Civil Veterinary Dept. Bombay admin report 1900-1906 - 1900-1906
Year: 1900
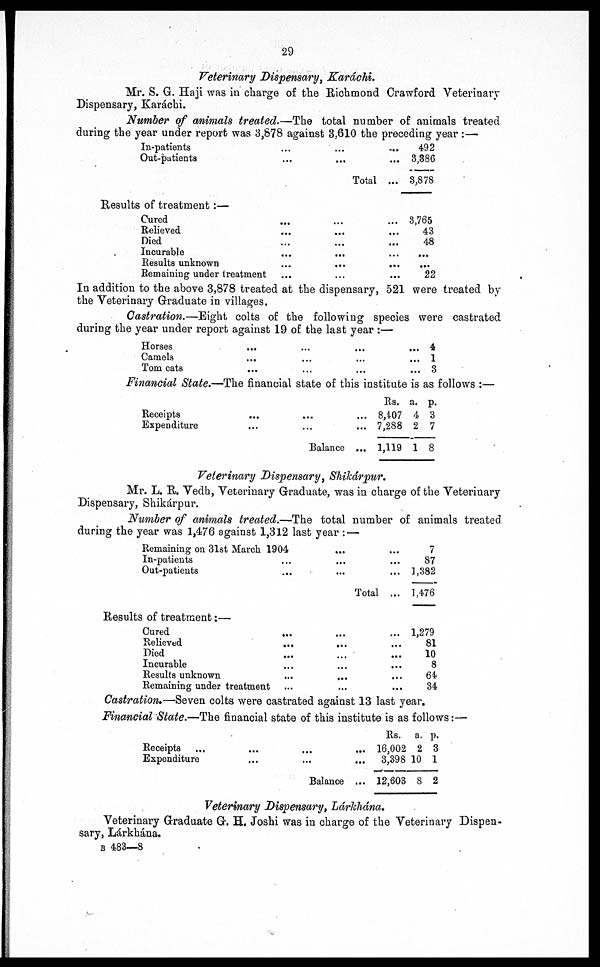
29
Veterinary Dispensary, Karáchi.
Mr. S. G. Haji was in charge of the Richmond Crawford Veterinary
Dispensary, Karáchi.
Number of animals treated.—The total number of animals treated
during the year under report was 3,878 against 3,610 the preceding year:—
In-patients
Out-patients
Results of treatment:—
Cured
Relieved
Died
Incurable
Results unknown
Remaining under treatment
...
...
...
...
...
...
...
...
...
...
Total
...
...
...
...
...
...
492
... 3,886
... 3,878
... 8,765
... 43
... 48
... ...
... ...
... 22
In addition to the above 3,878 treated at the dispensary, 521 were treated by
the Veterinary Graduate in villages.
Castration.—Eight colts of the following species were castrated
during the year under report against 19 of the last year :—
Horses
Camels
Tom cats
...
...
...
...
...
...
...
...
... 1
... 8
Financial State.—The financial state of this institute is as follows :—
Receipts
Expenditure
...
...
...
...
Balance
Rs.
... 8,407
... 7,288
... 1,119
a.
4
2
1
p.
3
7
8
Veterinary Dispensary, Shikárpur.
Mr. L. R. Vedh, Veterinary Graduate, was in charge of the Veterinary
Dispensary, Shikárpur.
Number of animals treated.—The total number of animals treated
during the year was 1,476 against 1,312 last year :—
Remaining on 31st March 1904
In-patients ...
Out-patients
Results of treatment:—
Cured
...
Relieved
...
Died
Incurable
Results unknown
Remaining under treatment
...
...
...
...
...
...
...
Total
7
87
... 1,382
... 1,476
... 1,279
81
10
8
64
... 34
Castration.—Seven colts were castrated against 13 last year.
Financial State.—The financial state of this institute is as follows:—
Receipts ...
Expenditure
...
...
Rs.
... 16,002
...
8,398
Balance ... 12,603
a.
2
10
8
p.
8
1
2
Veterinary Dispensary, Lárkhána.
Veterinary Graduate G. H. Joshi was in charge of the Veterinary Dispen-
sary, Lárkhána.
B 483—8